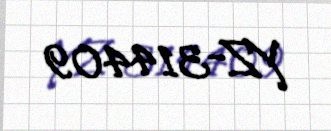
YZ-314409